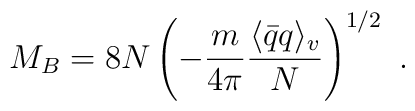
M_B=8N \left(-\frac{m}{4\pi} \frac{\langle \bar{q}q \rangle_v}{N}\right)^{1/2} \ .